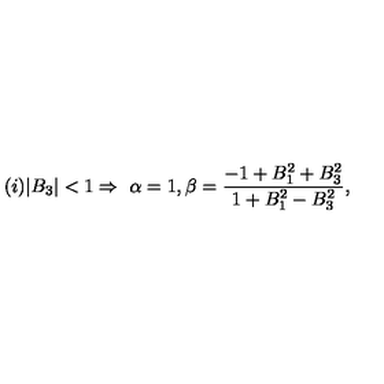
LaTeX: ( i ) | B _ { 3 } | < 1 \Rightarrow \ \alpha = 1 , \beta = \frac { - 1 + B _ { 1 } ^ { 2 } + B _ { 3 } ^ { 2 } } { 1 + B _ { 1 } ^ { 2 } - B _ { 3 } ^ { 2 } } ,